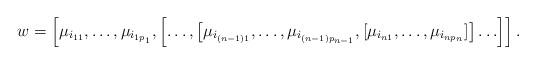
LaTeX: \begin{align*}w = \left[\mu_{i_{11}}, \ldots, \mu_{i_{1p_1}}, \left[ \ldots, \big[\mu_{i_{(n-1)1}}, \ldots, \mu_{i_{(n-1) p_{n-1}}}, [\mu_{i_{n 1}}, \ldots, \mu_{i_{n p_n}}]\big] \ldots\right]\right].\end{align*}